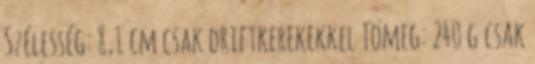
Szélesség: 8,1 cm csak driftkerekekkel Tömeg: 240 g csak